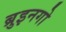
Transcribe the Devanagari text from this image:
ब्रुइनगो